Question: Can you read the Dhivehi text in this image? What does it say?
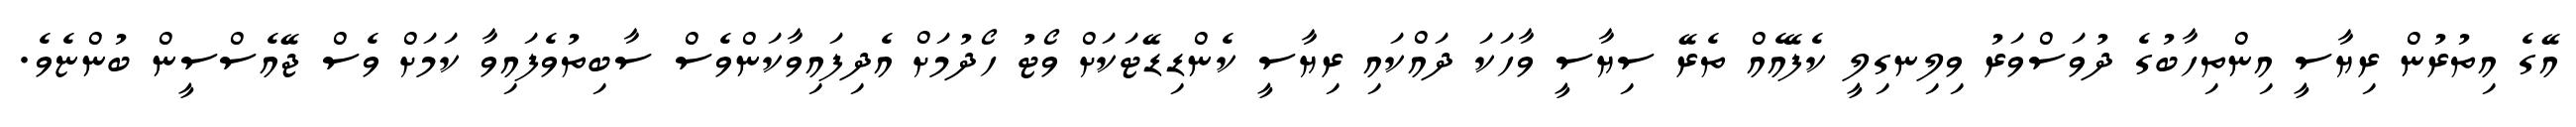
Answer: އޭގެ އިތުރުން ރިޔާސީ އިންތިހާބުގެ ދުވަސްވަރު ވިލިނގިލީ ކެފޭއެއް ތެރޭ ސިޔާސީ ވާހަކަ ދައްކައި ރިޔާސީ ކެންޑިޑޭޓަކަށް ވޯޓު ހޯދުމަށް އެދިފައިވާކަންވެސް ސާބިތުވެފައިވާ ކަމަށް ވެސް ޖޭއެސްސީން ބުންޏެވެ.